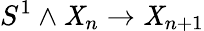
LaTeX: S^{1}\wedge\mathit{X}_{n}\to\mathit{X}_{n+1}